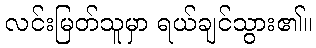
လင်းမြတ်သူမှာ ရယ်ချင်သွား၏။